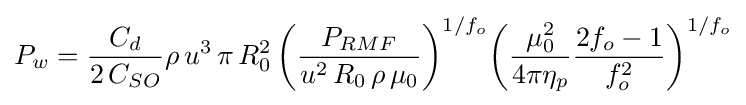
P_{w}={\frac {C_{d}}{2\,C_{SO}}}\rho \,u^{3}\,\pi \,R_{0}^{2}\,{\biggl (}{\frac {P_{RMF}}{u^{2}\,R_{0}\,\rho \,\mu _{0}}}{\biggr )}^{1/f_{o}}{\biggl (}{\frac {\mu _{0}^{2}}{4\pi \eta _{p}}}{\frac {2f_{o}-1}{f_{o}^{2}}}{\biggr )}^{1/f_{o}}